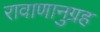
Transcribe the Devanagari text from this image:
रावाणानुग्रह